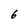
Character: 6